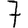
Digit: 7